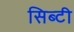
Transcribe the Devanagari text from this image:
सिब्‍टी